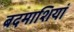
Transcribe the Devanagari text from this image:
बदमाशियां